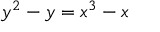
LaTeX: y ^ { 2 } - y = x ^ { 3 } - x